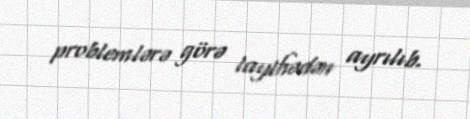
problemlərə görə layihədən ayrılıb.